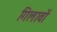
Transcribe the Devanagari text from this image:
गिलावों